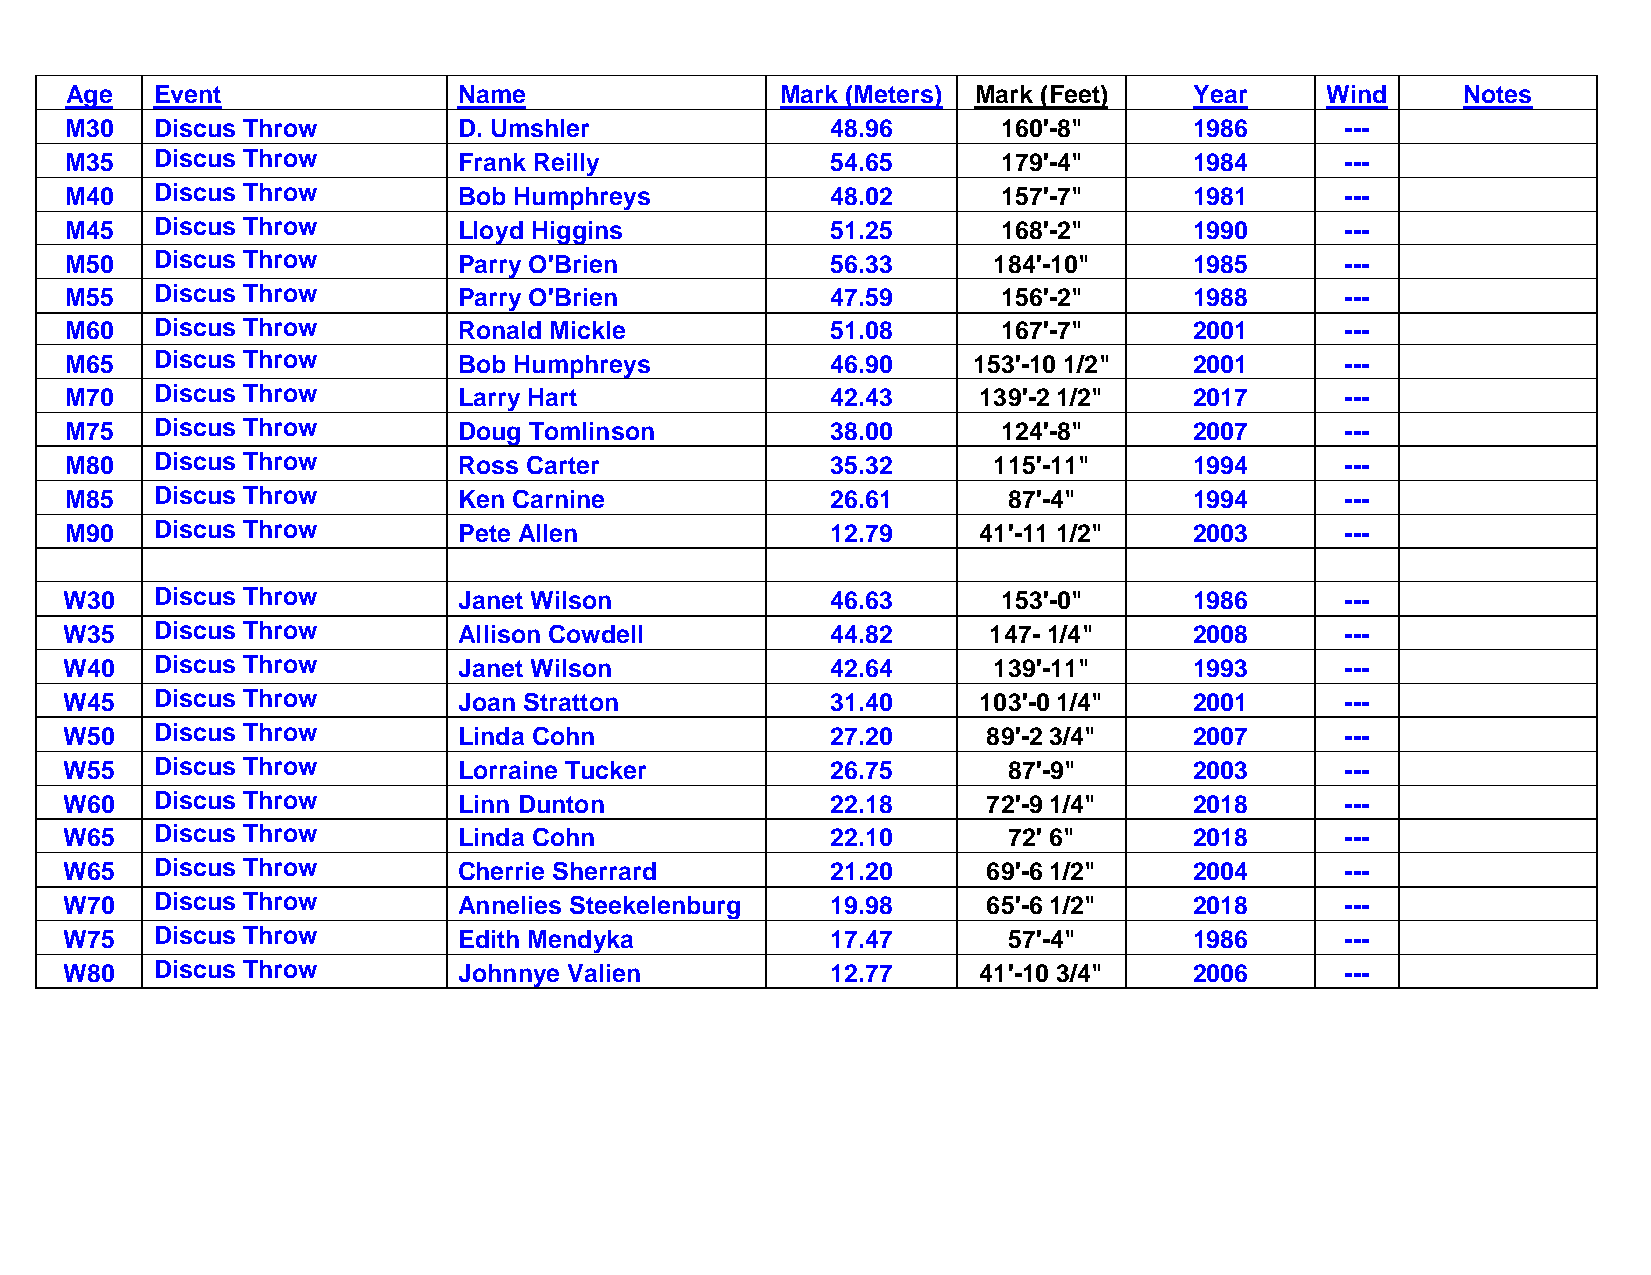
Age   Event               Name                  Mark (Meters) Mark (Feet)  Year     Wind     Notes
 M30   Discus Throw        D. Umshler               48.96      160'-8"      1986      ---
 M35   Discus Throw        Frank Reilly             54.65      179'-4"      1984      ---
 M40   Discus Throw        Bob Humphreys            48.02      157'-7"      1981      ---
 M45   Discus Throw        Lloyd Higgins            51.25      168'-2"      1990      ---
 M50   Discus Throw        Parry O'Brien            56.33      184'-10"     1985      ---
 M55   Discus Throw        Parry O'Brien            47.59      156'-2"      1988      ---
 M60   Discus Throw        Ronald Mickle            51.08      167'-7"      2001      ---
 M65   Discus Throw        Bob Humphreys            46.90    153'-10 1/2"   2001      ---
 M70   Discus Throw        Larry Hart               42.43     139'-2 1/2"   2017      ---
 M75   Discus Throw        Doug Tomlinson           38.00      124'-8"      2007      ---
 M80   Discus Throw        Ross Carter              35.32      115'-11"     1994      ---
 M85   Discus Throw        Ken Carnine              26.61       87'-4"      1994      ---
 M90   Discus Throw        Pete Allen               12.79     41'-11 1/2"   2003      ---
 W30   Discus Throw        Janet Wilson             46.63      153'-0"      1986      ---
 W35   Discus Throw        Allison Cowdell          44.82     147- 1/4"     2008      ---
 W40   Discus Throw        Janet Wilson             42.64      139'-11"     1993      ---
 W45   Discus Throw        Joan Stratton            31.40     103'-0 1/4"   2001      ---
 W50   Discus Throw        Linda Cohn               27.20     89'-2 3/4"    2007      ---
 W55   Discus Throw        Lorraine Tucker          26.75       87'-9"      2003      ---
 W60   Discus Throw        Linn Dunton              22.18     72'-9 1/4"    2018      ---
 W65   Discus Throw        Linda Cohn               22.10       72' 6"      2018      ---
 W65   Discus Throw        Cherrie Sherrard         21.20     69'-6 1/2"    2004      ---
 W70   Discus Throw        Annelies Steekelenburg   19.98     65'-6 1/2"    2018      ---
 W75   Discus Throw        Edith Mendyka            17.47       57'-4"      1986      ---
 W80   Discus Throw        Johnnye Valien           12.77     41'-10 3/4"   2006      ---